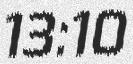
13:10